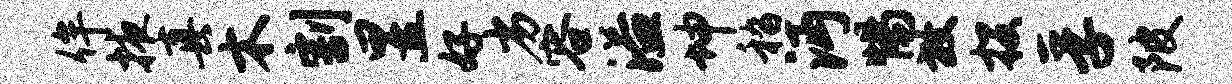
侔掖真木割昱好劣容溢坤嵇沔惕放投孚陂